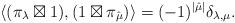
LaTeX: \begin{align*}\langle(\pi_{\lambda}\boxtimes 1),(1\boxtimes \pi_{\hat{\mu}})\rangle=(-1)^{|\hat{\mu}|}\delta_{\lambda,\mu}.\end{align*}